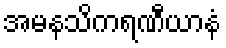
အမနသိကရဏီယာနံ